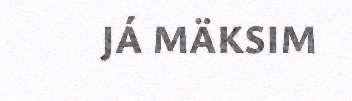
JÁ MÄKSIM